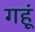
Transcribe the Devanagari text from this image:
गहूं